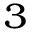
^ 3